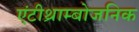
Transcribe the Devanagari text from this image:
एंटीथ्राम्बोजनिक